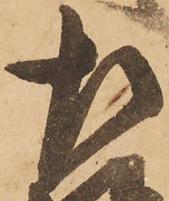
左